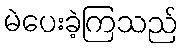
မဲပေးခဲ့ကြသည်